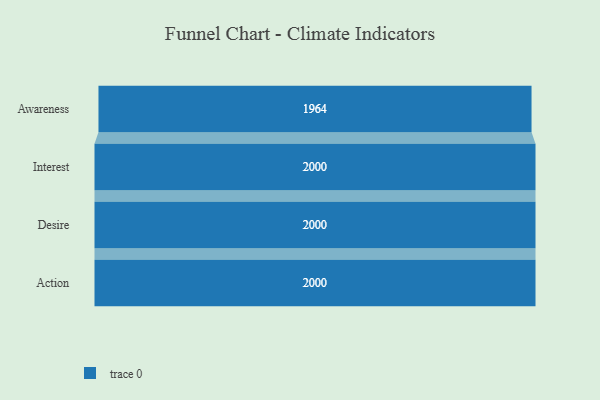
{"axis": {"x": "Stage", "y": "Value"}, "legend": [""], "data": [{"x": "Awareness", "y": 1964.0, "type": ""}, {"x": "Interest", "y": 2000, "type": ""}, {"x": "Desire", "y": 2000, "type": ""}, {"x": "Action", "y": 2000, "type": ""}]}